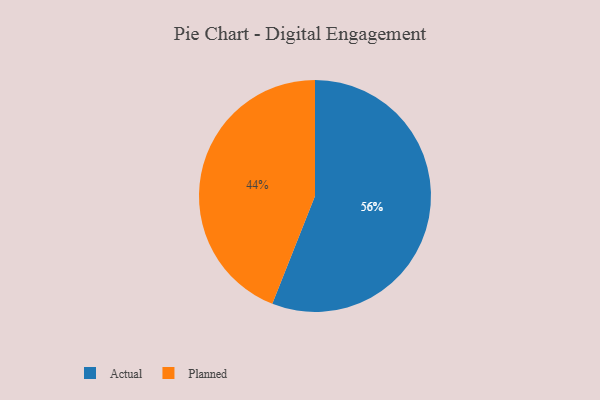
{"axis": {"x": "Category", "y": "Percentage"}, "legend": ["Actual", "Planned"], "data": [{"x": "Planned", "y": 44, "type": "Planned"}, {"x": "Actual", "y": 56, "type": "Actual"}]}